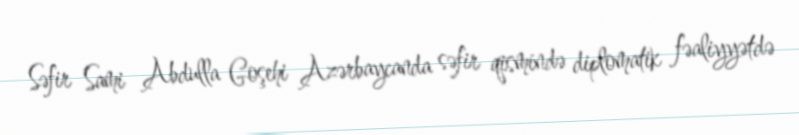
Səfir Sami Abdulla Goşehi Azərbaycanda səfir qismində diplomatik fəaliyyətdə